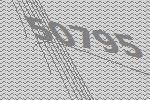
50795